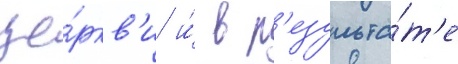
це́ркв'и и́ в р'езульта́т'е